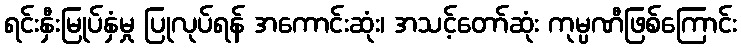
ရင်းနှီးမြုပ်နှံမှု ပြုလုပ်ရန် အကောင်းဆုံး၊ အသင့်တော်ဆုံး ကုမ္ပဏီဖြစ်ကြောင်း